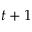
t + 1